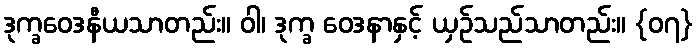
ဒုက္ခဝေဒနီယသာတည်း။ ဝါ၊ ဒုက္ခ ဝေဒနာနှင့် ယှဉ်သည်သာတည်း။ {၀၇}